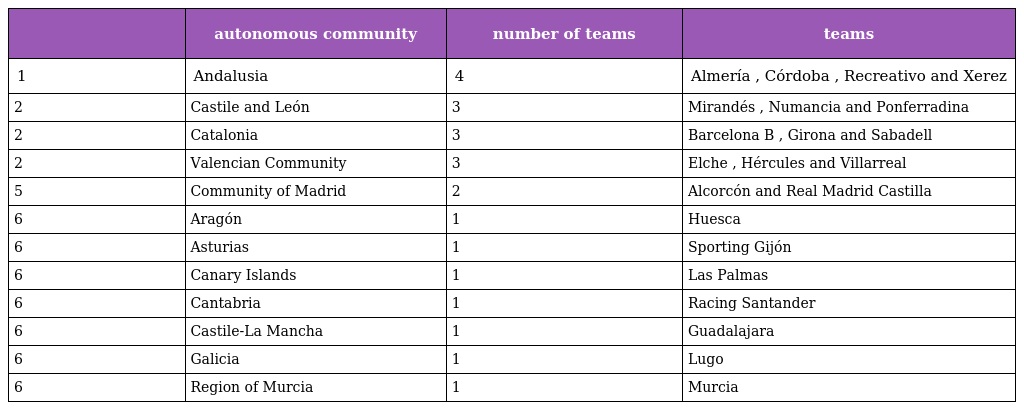
|  | autonomous community | number of teams | teams |
 | --- | --- | --- | --- |
 | 1 | Andalusia | 4 | Almería , Córdoba , Recreativo and Xerez |
 | 2 | Castile and León | 3 | Mirandés , Numancia and Ponferradina |
 | 2 | Catalonia | 3 | Barcelona B , Girona and Sabadell |
 | 2 | Valencian Community | 3 | Elche , Hércules and Villarreal |
 | 5 | Community of Madrid | 2 | Alcorcón and Real Madrid Castilla |
 | 6 | Aragón | 1 | Huesca |
 | 6 | Asturias | 1 | Sporting Gijón |
 | 6 | Canary Islands | 1 | Las Palmas |
 | 6 | Cantabria | 1 | Racing Santander |
 | 6 | Castile-La Mancha | 1 | Guadalajara |
 | 6 | Galicia | 1 | Lugo |
 | 6 | Region of Murcia | 1 | Murcia |